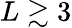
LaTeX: L\gtrsim 3